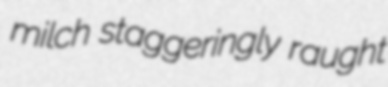
milch staggeringly raught